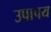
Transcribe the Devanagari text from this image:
उपापय